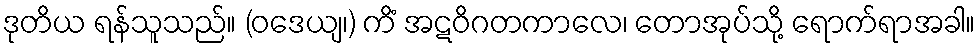
ဒုတိယ ရန်သူသည်။ (ဝဒေယျ၊) ကိံ အဋဝိဂတကာလေ၊ တောအုပ်သို့ ရောက်ရာအခါ။